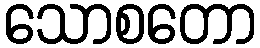
သောစတော